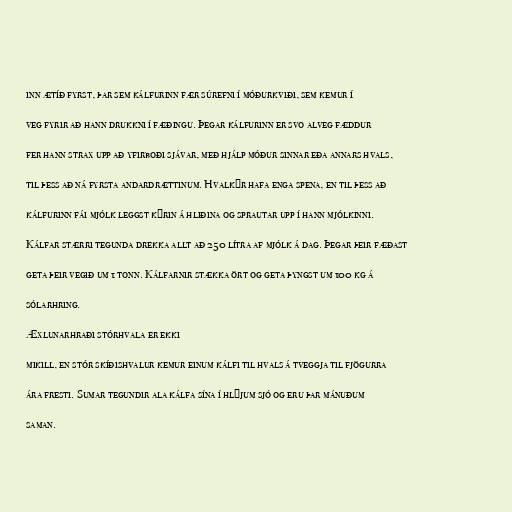
inn ætíð fyrst, þar sem kálfurinn fær súrefni í móðurkviði, sem kemur í

veg fyrir að hann drukkni í fæðingu. Þegar kálfurinn er svo alveg fæddur

fer hann strax upp að yfirboði sjávar, með hjálp móður sinnar eða annars hvals,

til þess að ná fyrsta andardrættinum. Hvalkýr hafa enga spena, en til þess að

kálfurinn fái mjólk leggst kýrin á hliðina og sprautar upp í hann mjólkinni.

Kálfar stærri tegunda drekka allt að 250 lítra af mjólk á dag. Þegar þeir fæðast

geta þeir vegið um 1 tonn. Kálfarnir stækka ört og geta þyngst um 100 kg á

sólarhring.

Æxlunarhraði stórhvala er ekki

mikill, en stór skíðishvalur kemur einum kálfi til hvals á tveggja til fjögurra

ára fresti. Sumar tegundir ala kálfa sína í hlýjum sjó og eru þar mánuðum

saman.